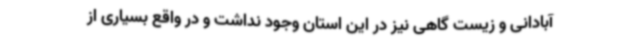
آبادانی و زیست گاهی نیز در این استان وجود نداشت و در واقع بسیاری از